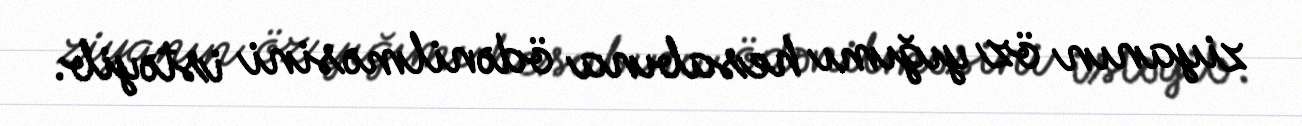
ziyanın öz yığımı hesabına ödənilməsini istəyib.